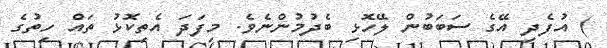
) އުފެދި އޭގެ ސަބަބުން ލޭހޮޅި ބެދުމުންނެވެ. މިފަދަ އެތިކޮޅު ތައް ހިތުގެ